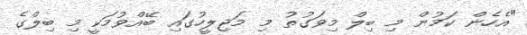
"އެހެން ކަމުން މި ބިލް މިވަގުތު މި މަޖިލީހުގައި ބޭއްވުމަކީ މި ބިލްގެ